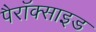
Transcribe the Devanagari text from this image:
पैरॉक्साइड